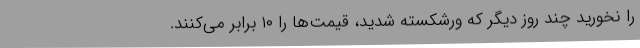
را نخورید چند روز دیگر که ورشکسته شدید، قیمت‌ها را ۱۰ برابر می‌کنند.